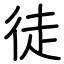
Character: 徒